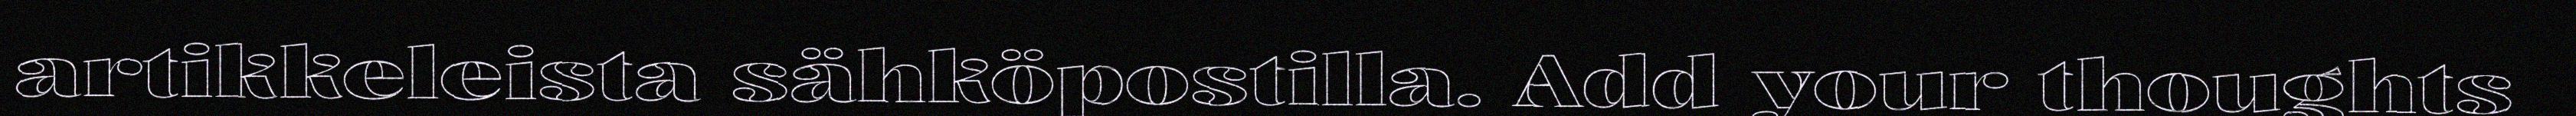
artikkeleista sähköpostilla. Add your thoughts